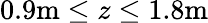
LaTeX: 0.9\textrm{m}\leq z\leq 1.8\textrm{m}